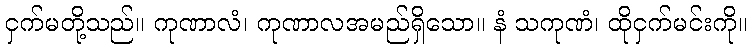
ငှက်မတို့သည်။ ကုဏာလံ၊ ကုဏာလအမည်ရှိသော။ နံ သကုဏံ၊ ထိုငှက်မင်းကို။